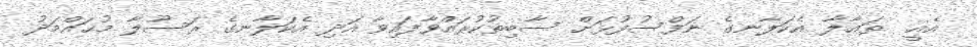
އެއީ  ތަޢާލާ އެކަލާނގެ ނަފްސުފުޅަށް ސާބިތުކުރައްވާފައިވާ އަދި އެކަލާނގެ ރަސޫލާ މުޙައްމަދު